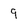
Character: 9